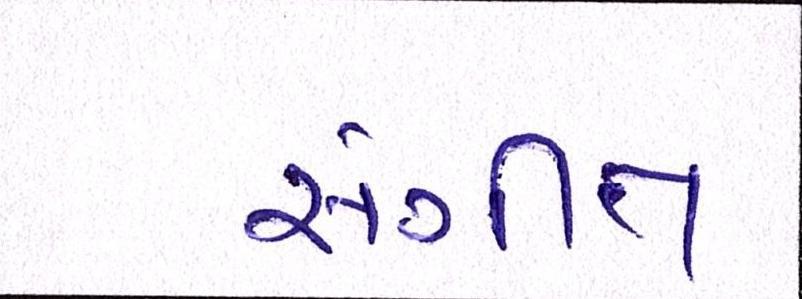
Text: સંગીત